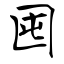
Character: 囤